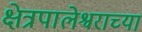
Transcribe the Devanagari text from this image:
क्षेत्रपालेश्वराच्या